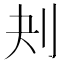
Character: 刔